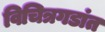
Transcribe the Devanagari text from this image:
विचित्रगडांत